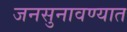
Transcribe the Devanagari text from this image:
जनसुनावण्यात